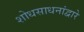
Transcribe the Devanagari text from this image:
शोधसाधनांद्वारे